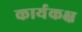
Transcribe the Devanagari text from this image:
कार्यकक्ष